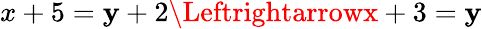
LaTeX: x+5=\mathbf{y}+2\Leftrightarrowx+3=\mathbf{y}